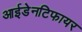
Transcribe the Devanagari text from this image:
आईडेनटिफायर